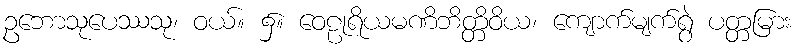
ဥဘောသုပေဿသု၊ ဝယ်။ ၌။ ဝေဠုရိယမဏိဘိတ္တိဝိယ၊ ကျောက်မျက်ရွဲ ပတ္တမြား